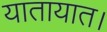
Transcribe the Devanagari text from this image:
यातायात।